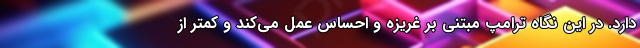
دارد. در این نگاه ترامپ مبتنی بر غریزه و احساس عمل می‌کند و کمتر از